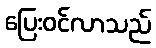
ပြေးဝင်လာသည်